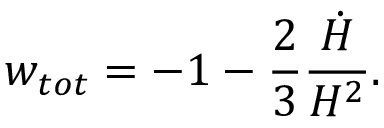
w _ { t o t } = - 1 - \frac { 2 } { 3 } \frac { \dot { H } } { H ^ { 2 } } .